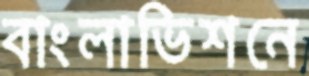
বাংলাভিশনে